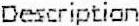
DESCRIPTION